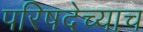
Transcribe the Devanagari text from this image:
परिषदेच्याच